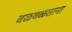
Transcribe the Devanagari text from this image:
वळवळताना